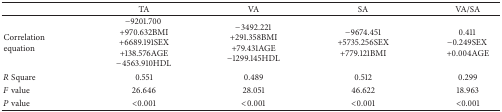
<table><thead><tr><td><b> </b></td><td><b>TA</b></td><td><b>VA</b></td><td><b>SA</b></td><td><b>VA/SA</b></td></tr></thead><tbody><tr><td>Correlationequation</td><td>−9201.700 +970.632BMI+6689.191SEX+138.576AGE−4563.910HDL</td><td>−3492.221+291.358BMI+79.431AGE−1299.145HDL</td><td>−9674.451+5735.256SEX+779.121BMI</td><td>0.411 −0.249SEX +0.004AGE</td></tr><tr><td><i>R</i> Square</td><td>0.551</td><td>0.489</td><td>0.512</td><td>0.299</td></tr><tr><td><i>F</i> value</td><td>26.646</td><td>28.051</td><td>46.622</td><td>18.963</td></tr><tr><td><i>P</i> value</td><td>&lt;0.001</td><td>&lt;0.001</td><td>&lt;0.001</td><td>&lt;0.001</td></tr></tbody></table>